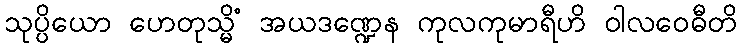
သုပ္ပိယော ဟေတုသ္မိံ အယဒဏ္ဍေန ကုလကုမာရီဟိ ဝါလဝေဓီတိ